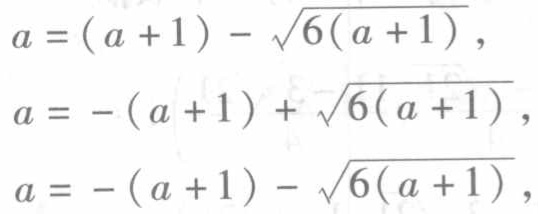
\[
\begin{align*}
a&=(a + 1)-\sqrt{6(a + 1)},\\
a&=-(a + 1)+\sqrt{6(a + 1)},\\
a&=-(a + 1)-\sqrt{6(a + 1)},
\end{align*}
\]